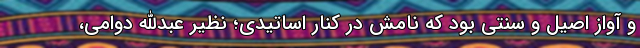
و آواز اصیل و سنتی بود که نامش در کنار اساتیدی؛ نظیر عبدالله دوامی،